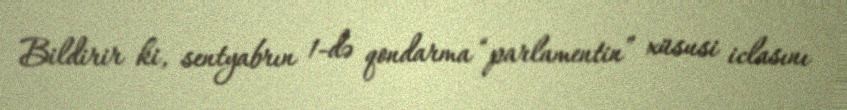
Bildirir ki, sentyabrın 1-də qondarma “parlamentin” xüsusi iclasını